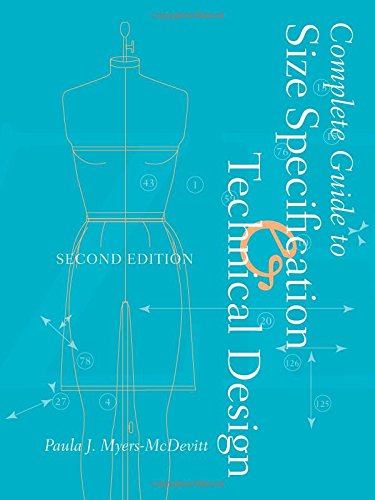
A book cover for Complete Guide to Size Specification and Technical Design 2nd Edition; Paula J. Myers-McDevitt; Arts & Photography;